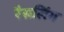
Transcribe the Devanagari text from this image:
रैसलिंग